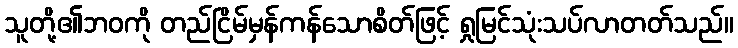
သူတို့၏ဘဝကို တည်ငြိမ်မှန်ကန်သောစိတ်ဖြင့် ရှုမြင်သုံးသပ်လာတတ်သည်။